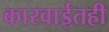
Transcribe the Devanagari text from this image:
कारवाईतही